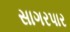
સાગરપાર